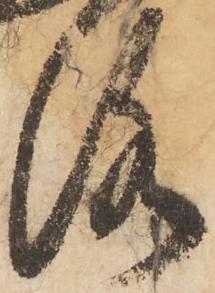
洛